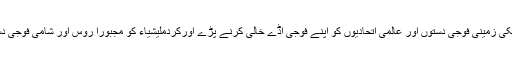
ترکی کی جانب سے فوجی کارروائی سے امریکی زمینی فوجی دستوں اور عالمی اتحادیوں کو اپنے فوجی اڈے خالی کرنے پڑے اورکردملیشیاء کو مجبورا روس اور شامی فوجی دستوں سے تحفظ دینے کی درخواست کرنا پڑی۔